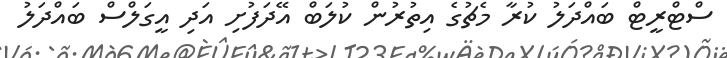
ސްޓްރީޓް ބައްދަލު ކުރާ މެޗުގެ އިތުރުން ކުލަބް އޭދަފުށި އަދި އީގަލްސް ބައްދަލު